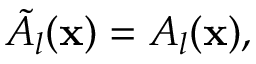
\tilde { A } _ { l } ( { \bf x } ) = A _ { l } ( { \bf x } ) ,